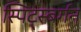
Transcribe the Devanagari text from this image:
स्पिट्स्बर्गन